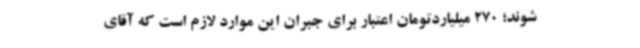
شوند؛ 270 میلیاردتومان اعتبار برای جبران این موارد لازم است که آقای